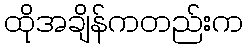
ထိုအချိန်ကတည်းက